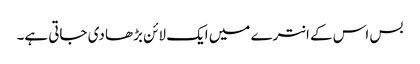
بس اس کے انترے میں ایک لائن بڑھا دی جاتی ہے۔